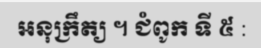
អនុក្រឹត្យ ។ ជំពូក ទី ៥ :